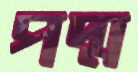
পদ্ম